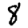
Digit: 8